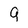
Character: 9